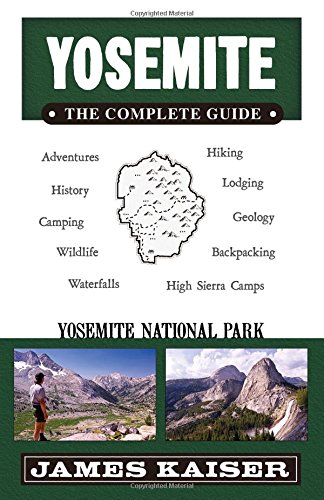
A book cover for Yosemite: The Complete Guide: Yosemite National Park (Yosemite the Complete Guide to Yosemite National Park); Sports & Outdoors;